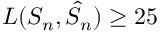
L ( S _ { n } , \hat { S } _ { n } ) \ge 2 5